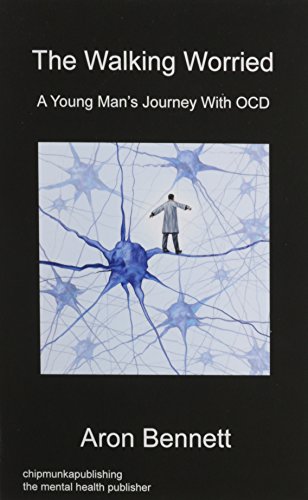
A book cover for The Walking Worried; Aron Bennett; Health, Fitness & Dieting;